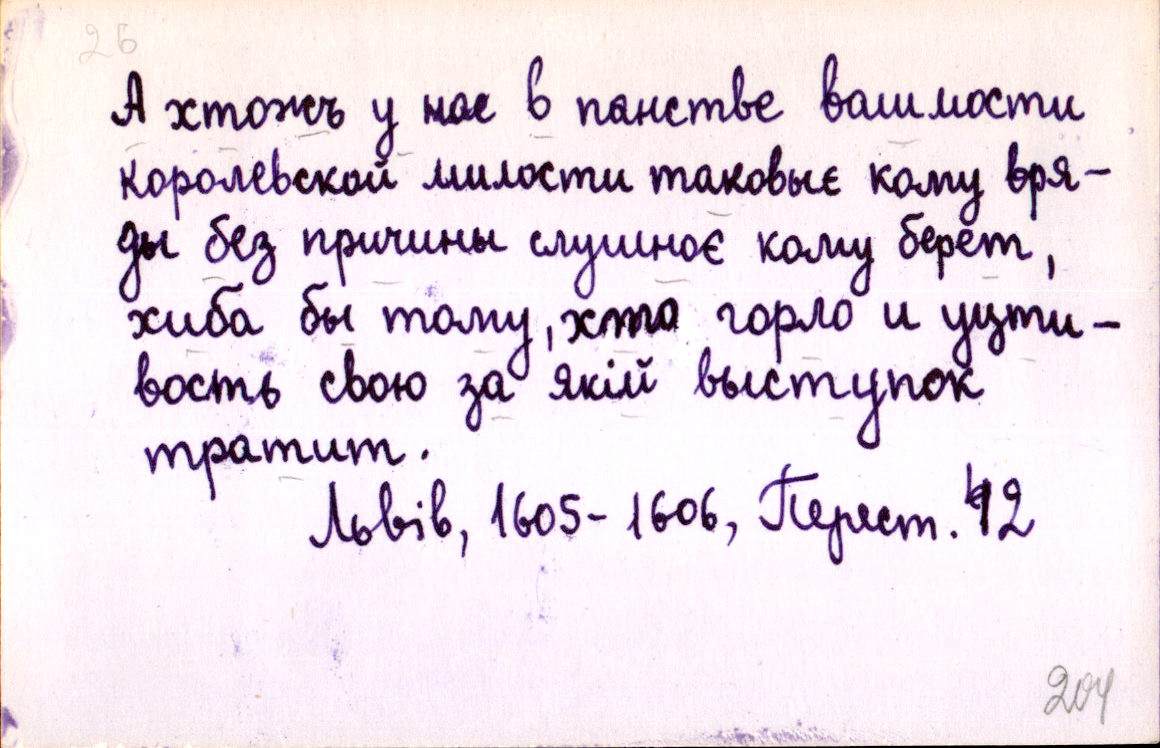
А хтожъ у нас в панстве вашмости
королевской милости таковыє кому вря-
ды без причины слушноє кому берет,
хиба бы тому, хто горло и уцти-
вость свою за якій выступок
тратит.
Львів, 1605-1606, Перест. 42